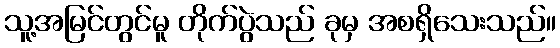
သူ့အမြင်တွင်မူ တိုက်ပွဲသည် ခုမှ အစရှိသေးသည်။